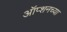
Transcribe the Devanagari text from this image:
ऑप्शनच्या